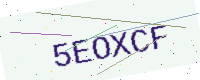
Text: 5EOXCF